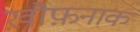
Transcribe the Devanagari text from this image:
ख़ौफ़नाक